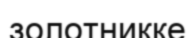
золотникке